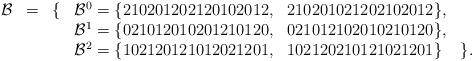
LaTeX: \begin{align*}\begin{array}{lccllc}\mathcal{B} & = & \{ & \mathcal{B}^0 = \{210201202120102012, & 210201021202102012\}, & \\ & & & \mathcal{B}^1 = \{021012010201210120, & 021012102010210120\}, & \\ & & & \mathcal{B}^2 = \{102120121012021201, & 102120210121021201\} & \}.\end{array}\end{align*}